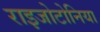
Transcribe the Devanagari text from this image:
राइजोटोनिया